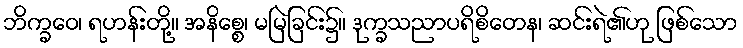
ဘိက္ခဝေ၊ ရဟန်းတို့။ အနိစ္စေ၊ မမြဲခြင်း၌။ ဒုက္ခသညာပရိစိတေန၊ ဆင်းရဲ၏ဟု ဖြစ်သော